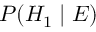
P ( H _ { 1 } \mid E )